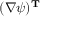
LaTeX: ( \nabla \psi ) ^ { \mathbf { T } }